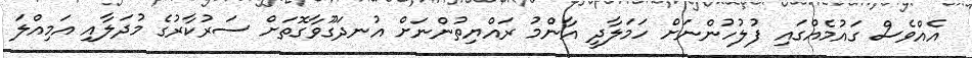
އެއްވެސް ގައުމެއްގައި ފުލުހުންނަށް ހަމަލާދީ އާންމު ރައްޔިތުންނަށް އުނދަގޫވާގޮތަށް ސަރުކާރުގެ މުދަލާއި އަމިއްލަ